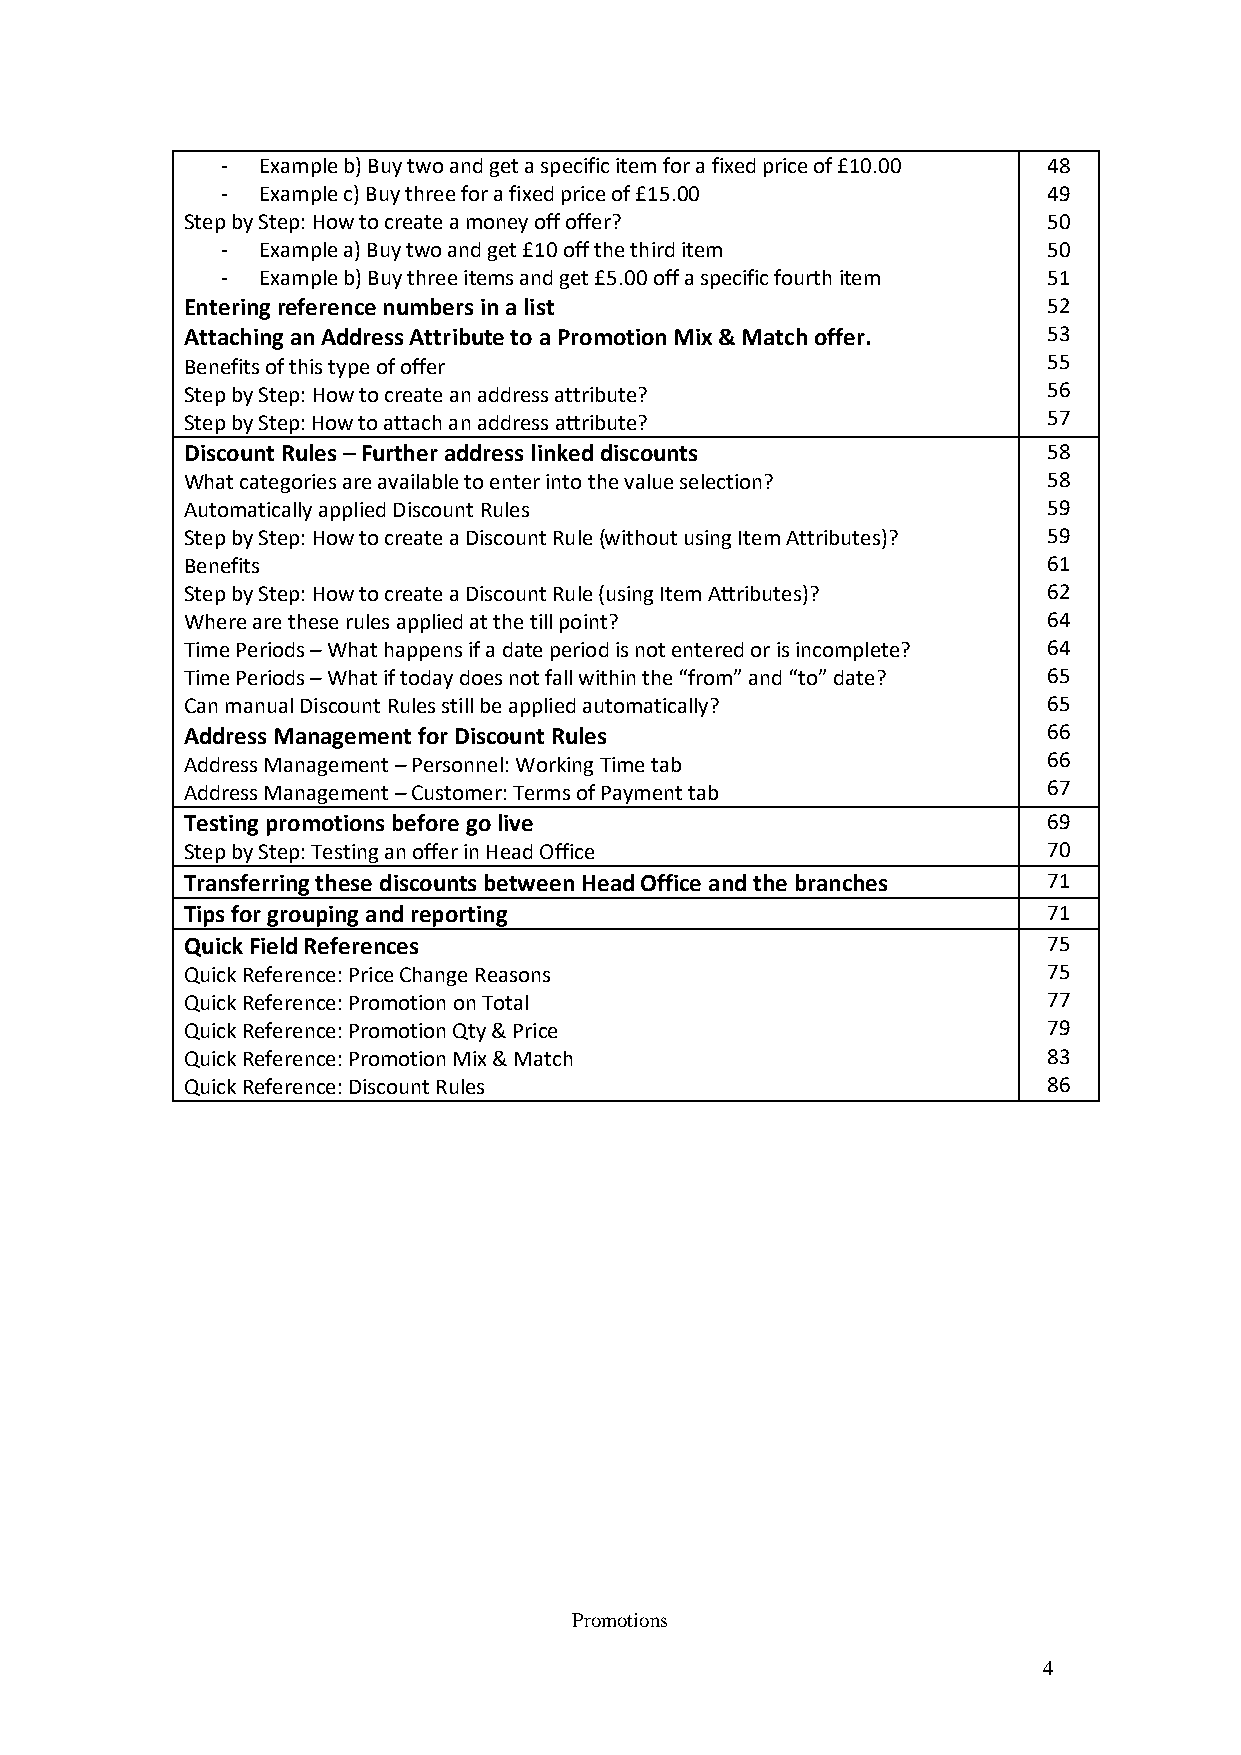
- Example b) Buy two and get a specific item for a fixed price of £10.00 48
 - Example c) Buy three for a fixed price of £15.00    49
 Step by Step: How to create a money off offer?           50
 - Example a) Buy two and get £10 off the third item   50
 - Example b) Buy three items and get £5.00 off a specific fourth item 51
 Entering reference numbers in a list                     52
 Attaching an Address Attribute to a Promotion Mix & Match offer. 53
 Benefits of this type of offer                           55
 Step by Step: How to create an address attribute?        56
 Step by Step: How to attach an address attribute?        57
 Discount Rules – Further address linked discounts        58
 What categories are available to enter into the value selection? 58
 Automatically applied Discount Rules                     59
 Step by Step: How to create a Discount Rule (without using Item Attributes)? 59
 Benefits                                                 61
 Step by Step: How to create a Discount Rule (using Item Attributes)? 62
 Where are these rules applied at the till point?         64
 Time Periods – What happens if a date period is not entered or is incomplete? 64
 Time Periods – What if today does not fall within the “from” and “to” date? 65
 Can manual Discount Rules still be applied automatically? 65
 Address Management for Discount Rules                    66
 Address Management – Personnel: Working Time tab         66
 Address Management – Customer: Terms of Payment tab      67
 Testing promotions before go live                        69
 Step by Step: Testing an offer in Head Office            70
 Transferring these discounts between Head Office and the branches 71
 Tips for grouping and reporting                          71
 Quick Field References                                   75
 Quick Reference: Price Change Reasons                    75
 Quick Reference: Promotion on Total                      77
 Quick Reference: Promotion Qty & Price                   79
 Quick Reference: Promotion Mix & Match                   83
 Quick Reference: Discount Rules                          86
 Promotions
 4